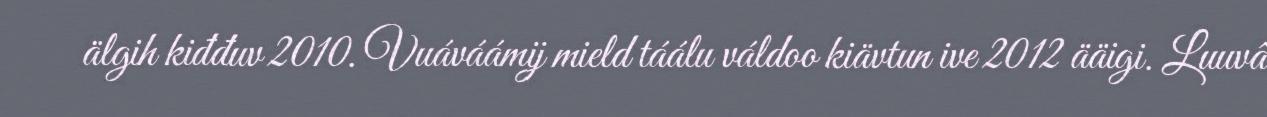
älgih kiđđuv 2010. Vuáváámij mield táálu váldoo kiävtun ive 2012 ääigi. Luuvâ